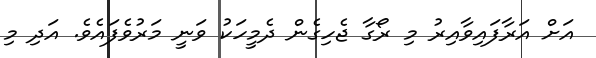
އަށް އަރާފައިވާއިރު މި ރޯގާ ޖެހިގެން ދެމީހަކު ވަނީ މަރުވެފައެވެ. އަދި މި